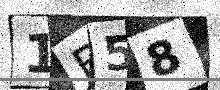
Text: 1B58